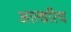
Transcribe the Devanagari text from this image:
आल्डरिच